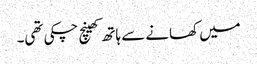
میں کھانے سے ہاتھ کھینچ چکی تھی۔